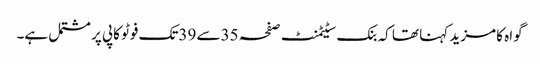
گواہ کا مزید کہنا تھا کہ بنک سٹیٹمنٹ صفحہ 35سے 39تک فوٹو کاپی پر مشتمل ہے۔